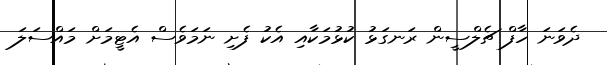
ދެވަނަ ހާފް ޗެލްސީން ރަނގަޅު ކުޅުމަކާއި އެކު ފެށި ނަމަވެސް އެޓީމަށް މައްސަލަ